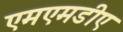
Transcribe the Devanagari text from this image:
एमएमडीए